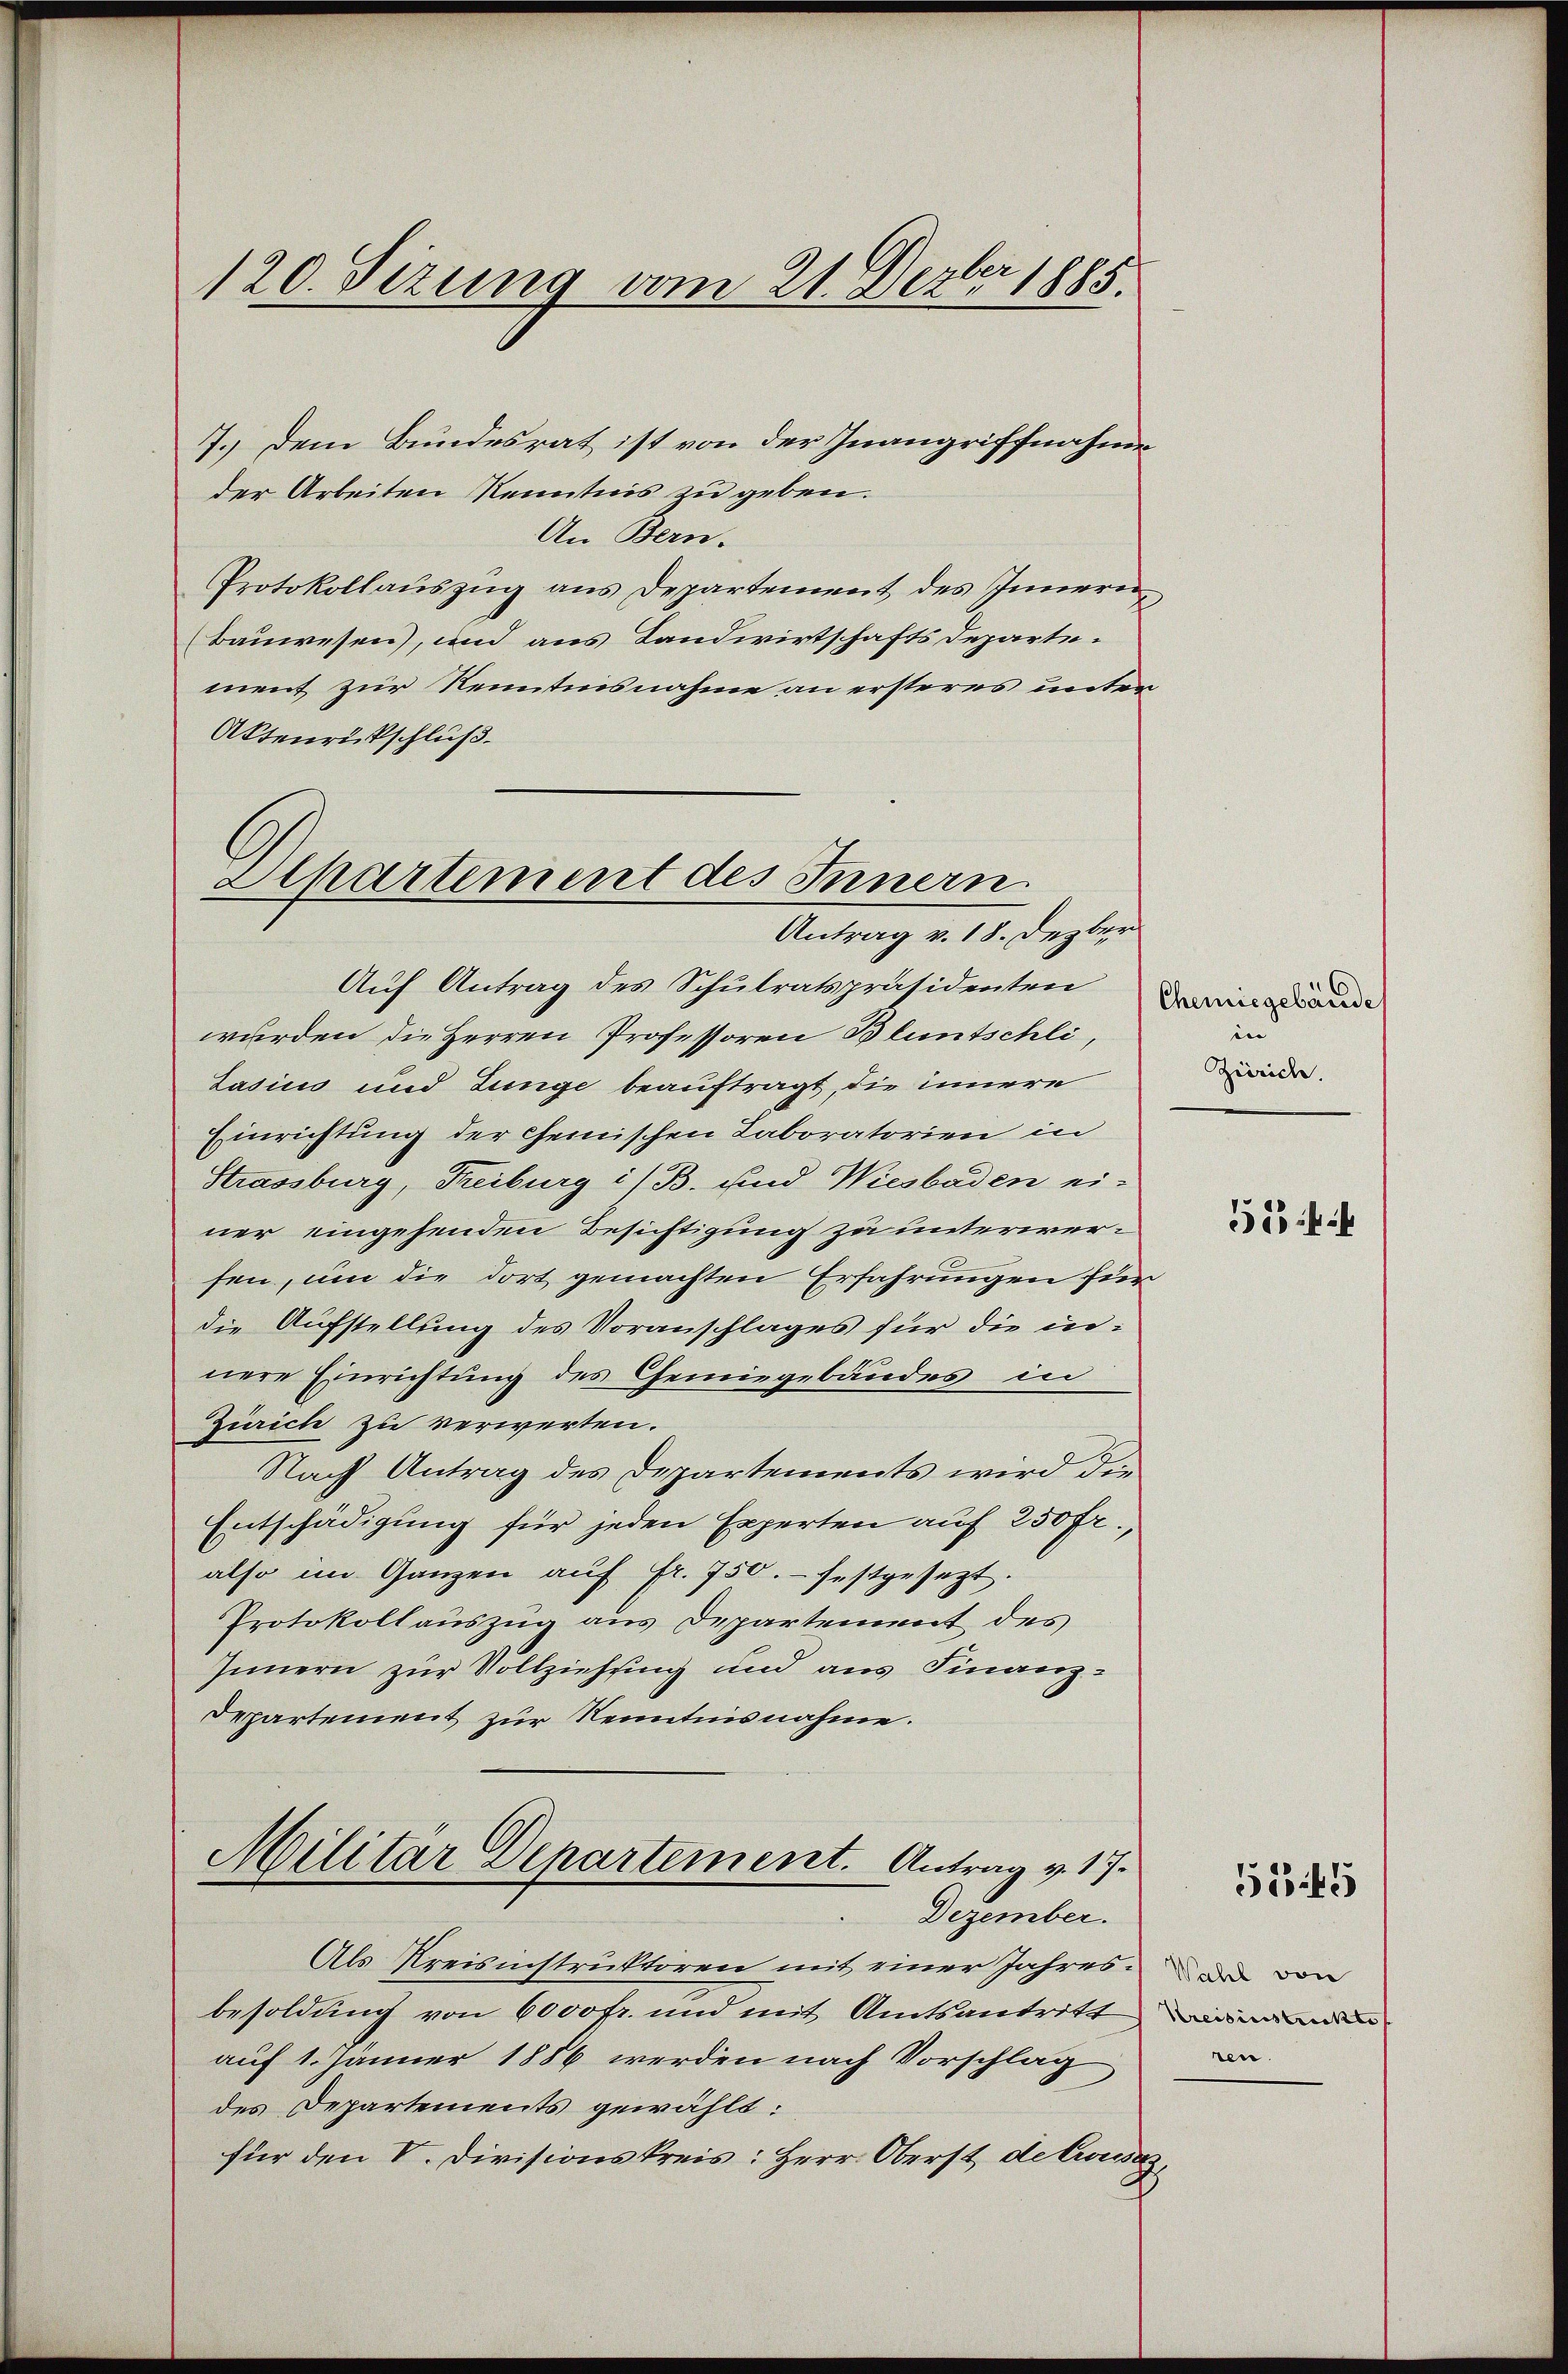
120. Sizung vom 21. Dezbr 1885.

7.) Dem Bundesrat ist von der Inangriffnahme
der Arbeiten Kenntnis zu geben.
An Bern.
Protokollauszug aus Departement des Innern
Bauwesen), und aus Landwirtschaftsdeparte-
ment zur Nenntnisnahme an ersteres unter¬
Aktenrütschluß.

Apartement des Innern.
Antrag v. 18. Dezber

Auf Antrag des Schulratspräsidenten
würden die Herren Professoren Bluntschli,
Lasius und Junge beauftragt, die innere
Einrichtung der Chemischen Laboratorien in
Strassburg, Freiburg i/ B. und Wiesbaden ei-
ner eingehenden Besichtigung zu unterwerfen, um die dort gemachten Erfahrungen für
die Aufstellung des Voranschlages für die innere Einrichtung des Chemiegebäudes in
Zürich zu verwerten.
Nach Antrag des Departements wird die
Entschädigung für jeden Experten auf 250 fr.,
also im Ganzen aŭf fr. 750. festgesezt.
Protokollauszug aus Departement des
Innern zur Vollziehung und aus Finanz¬
Departement zur Kenntnisnahme.

Militär Departement. Antrag v. 17.
Dezember.

Als Kreisinstruktoren mit einer Jahres der von
besoldung von 6000 fr. und mit Amtsantritt
auf 1. Jänner 1886 werden nach Vorschlag
des Departements gewählt:
für den V. Divisionskreis: Herr Oberst delius,

Chemiegebäude

Zürich.

55

545

Kreisinistrickte
sen.